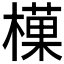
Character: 𪳰